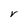
Character: V